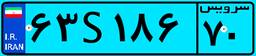
۵۰S۲۹۲۵۸